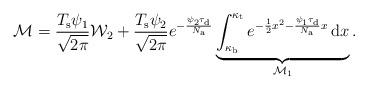
LaTeX: \begin{align*}\mathcal{M}=\frac{T_{\rm s}\psi_{1}}{\sqrt{2\pi}}\mathcal{W}_2+\frac{T_{\rm s}\psi_{2}}{\sqrt{2\pi}}e^{-\frac{\psi_{2}\tau_{\rm d}}{N_{\rm a}}}\underbrace{\int_{\kappa_{\rm b}}^{\kappa_{\rm t}} e^{-\frac{1}{2}x^2-\frac{\psi_{1}\tau_{\rm d}}{N_{\rm a}}x} \,\mathrm{d} x}_{\mathcal{M}_1}.\end{align*}